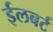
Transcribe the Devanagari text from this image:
ईलबर्ट